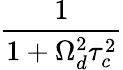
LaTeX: \frac{1}{1+\Omega_{d}^{2}\tau_{c}^{2}}